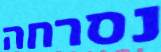
נסרחה